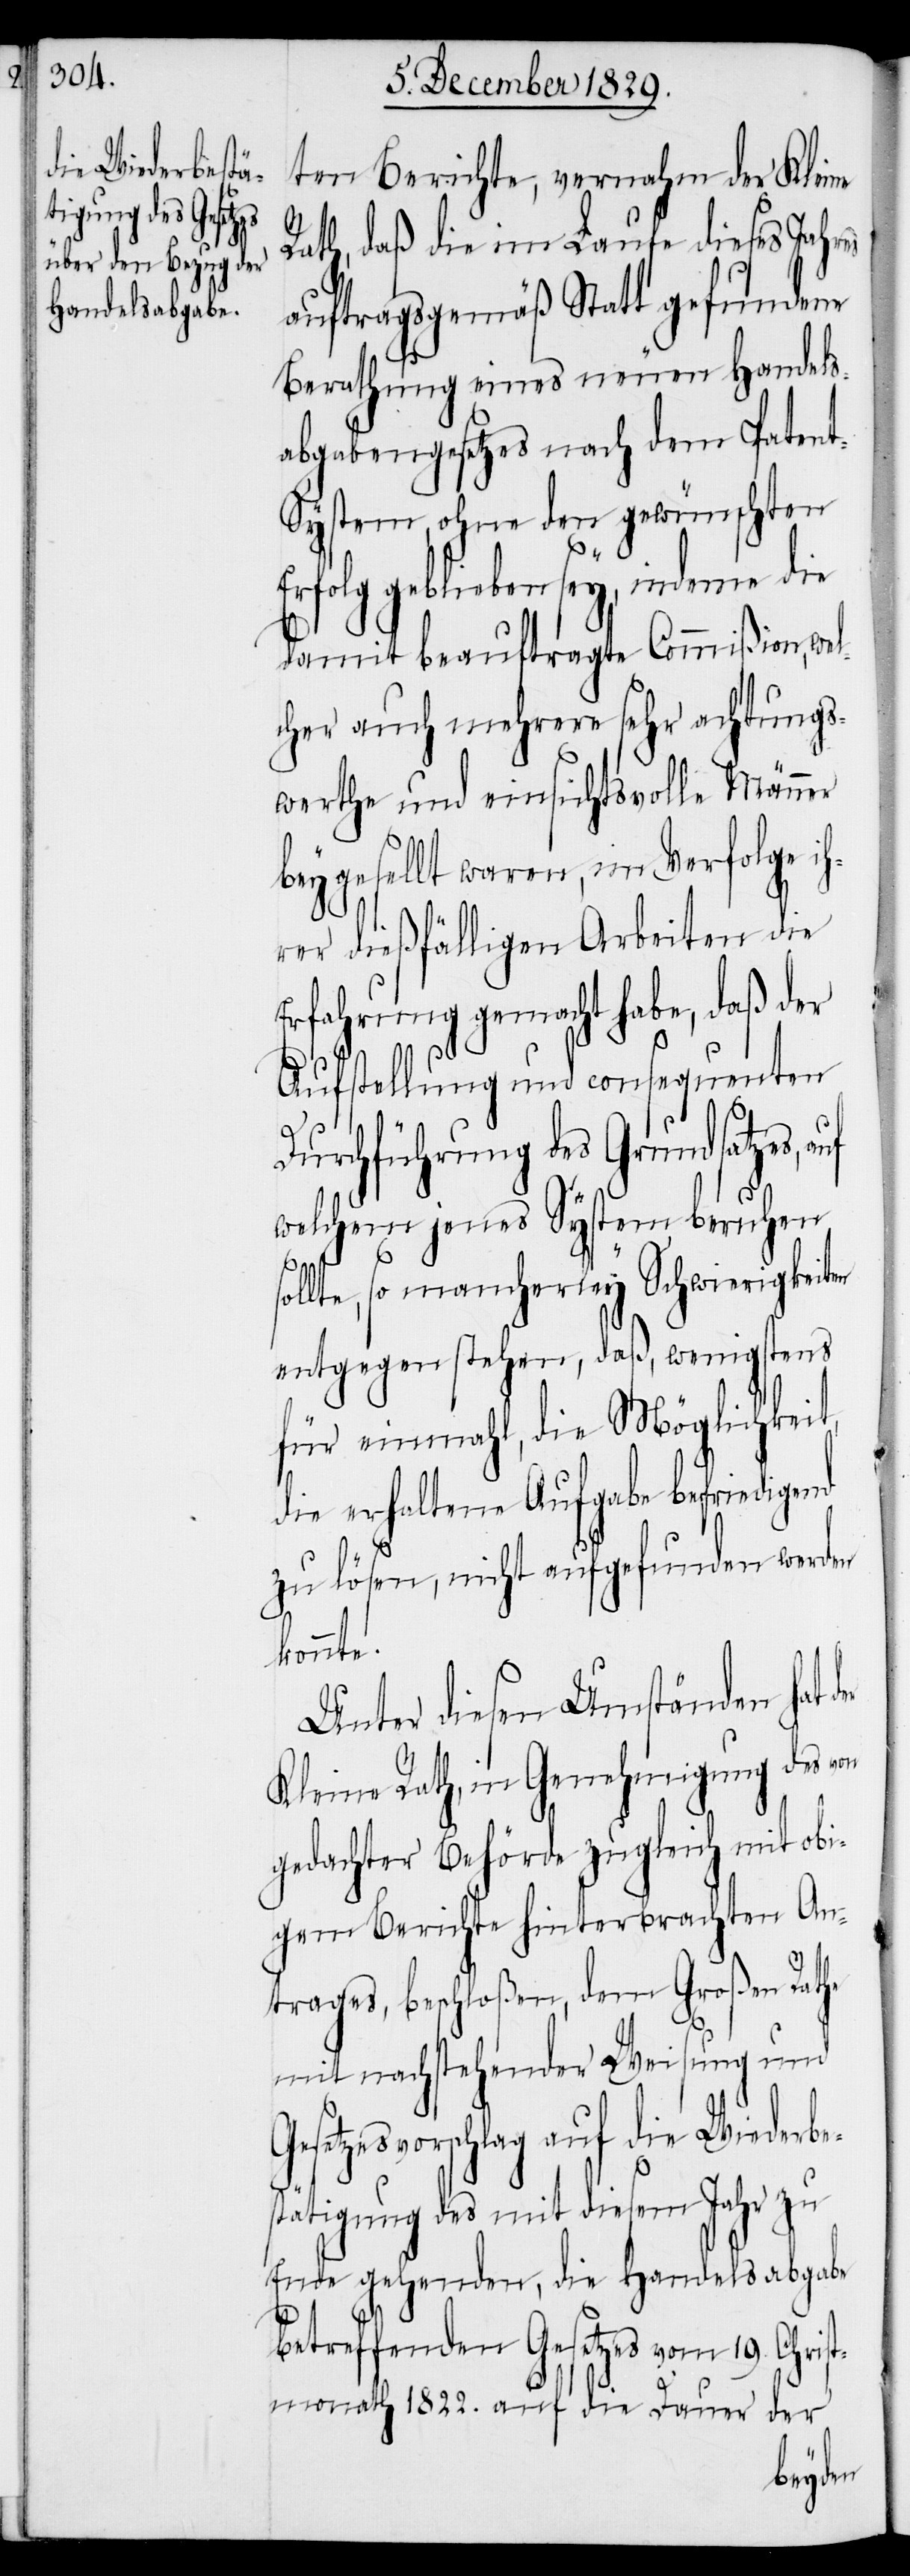
ten Berichte, vernahm der Kleine
Rath, daß die im Laufe dieses Jahr¬
auftragsgemäß Statt gefundene
Berathung eines neuen Handels¬
abgabengesetzes nach dem Paten¬
t-System, ohne den gewünschten
folg geblieben sey, indeme die
damit beauftragte Commißion, wel¬
cher auch mehrere sehr achtungs¬
werthe und einsichtsvolle Männer
beygesellt waren, im Verfolge i¬
hrer dießfälligen Arbeiten die
Erfahrung gemacht haben, daß der
Aufstellung und consequenten
Durchführung des Grundsatzes,
welchem jenes System beruhen
Er¬
sollte, so mancherley Schwierigkeiten
entgegen stehen, daß, wenigstens
für einmahl, die Möglichkeit,
die erhaltene Aufgabe befriedigend
zu lösen, nicht aufgefunden werden
konnte.
Unter diesen Umständen
Kleine Rath, in Genehmigung des v¬
on
gedachter Behörde zugleich mit obi¬
gem Berichte hinterbrachten An¬
trages, beschloßen, dem Großen Rathe
mit nachstehender Weisung und
Gesetzesvorschlag auf die Wiederbe¬
stätigung des mit diesem Jahr zu
Ende gehenden, die Handelsabgabe
betreffenden Gesetzes vom 19. Chris¬
tmonath 1822. auf die Dauer der